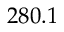
2 8 0 . 1